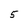
Character: 5